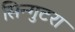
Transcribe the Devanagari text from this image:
सिन्गुटरा